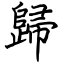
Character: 歸